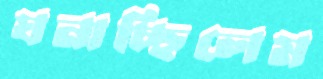
ঘনাচ্ছিলেম